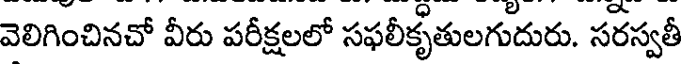
వెలిగించినచో వీరు పరీక్షలలో సఫలీకృతులగుదురు. సరస్వతీ